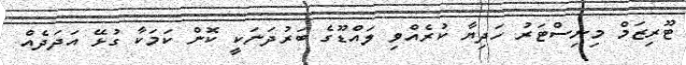
ޓޫރިޒަމް މިނިސްޓަރު ހަދިޔާ ކުރެއްވި ލައްޑޫގެ ބަރުދަނަކީ ކޮން ކަމަކާ ގުޅޭ އަދަދެއް